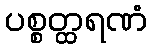
ပစ္စတ္ထရဏံ